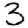
Digit: 3